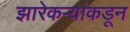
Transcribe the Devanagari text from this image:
झारेकऱ्यांकडून